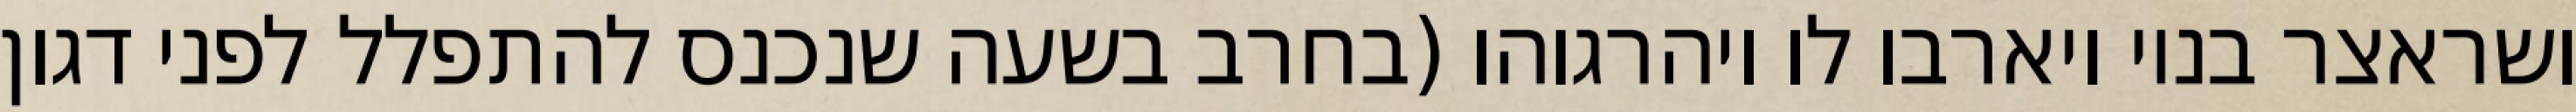
ושראצר בניו ויארבו לו ויהרגוהו (בחרב בשעה שנכנס להתפלל לפני דגון